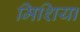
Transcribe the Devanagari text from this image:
मिशिया